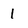
Character: 1